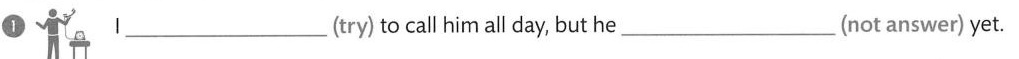
1 I ___ (try) to call him all day, but he ___ (not answer) yet.